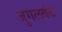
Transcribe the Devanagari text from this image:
जुगलबंद